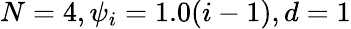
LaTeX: N=4,\psi_{i}=1.0(i-1),d=1